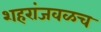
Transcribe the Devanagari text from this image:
शहरांजवळच